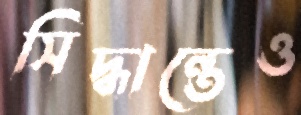
সিদ্ধান্তেও